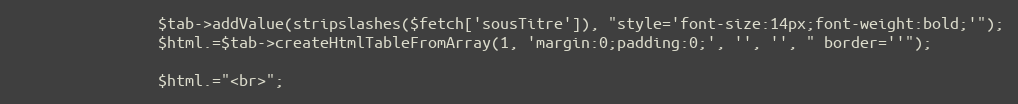
Language: PHP
				$tab->addValue(stripslashes($fetch['sousTitre']), "style='font-size:14px;font-weight:bold;'");
				$html.=$tab->createHtmlTableFromArray(1, 'margin:0;padding:0;', '', '', " border=''");

				$html.="<br>";